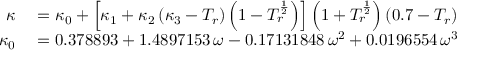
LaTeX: \begin{array} { r l } { \kappa } & { { } = \kappa _ { 0 } + \left[ \kappa _ { 1 } + \kappa _ { 2 } \left( \kappa _ { 3 } - T _ { r } \right) \left( 1 - T _ { r } ^ { \frac { 1 } { 2 } } \right) \right] \left( 1 + T _ { r } ^ { \frac { 1 } { 2 } } \right) \left( 0 . 7 - T _ { r } \right) } \\ { \kappa _ { 0 } } & { { } = 0 . 3 7 8 8 9 3 + 1 . 4 8 9 7 1 5 3 \, \omega - 0 . 1 7 1 3 1 8 4 8 \, \omega ^ { 2 } + 0 . 0 1 9 6 5 5 4 \, \omega ^ { 3 } } \end{array}